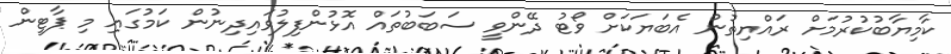
ކާމިޔާބުކުރުމަށް ރައްޔިތުން އެބަޔަކަށް ވޯޓު ދޭންވީ ސަބަބުތައް އޮޅުންފިލުވައިދިނުން ކަމުގައި މި ޕާޓީން